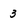
Character: 3